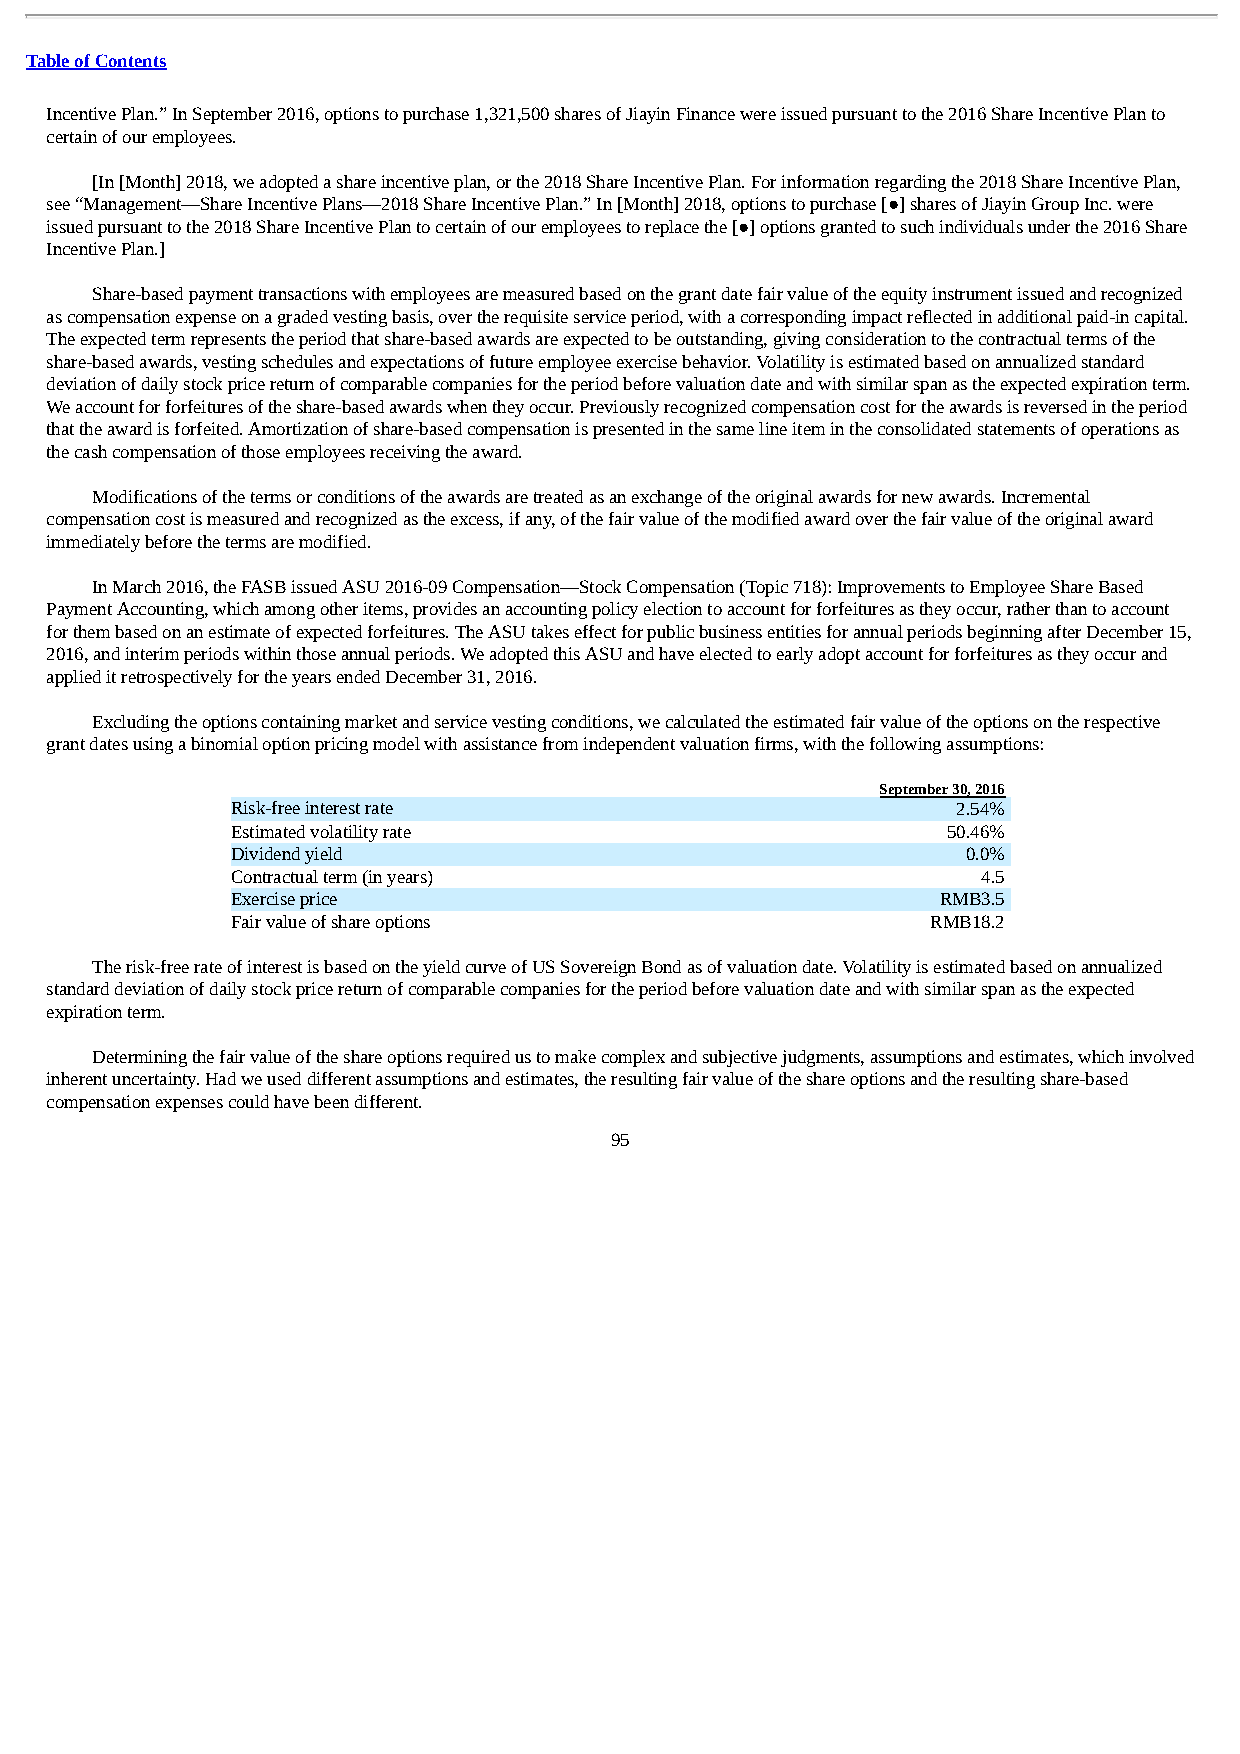
Table of Contents
 Incentive Plan.” In September 2016, options to purchase 1,321,500 shares of Jiayin Finance were issued pursuant to the 2016 Share Incentive Plan to
 certain of our employees.
 [In [Month] 2018, we adopted a share incentive plan, or the 2018 Share Incentive Plan. For information regarding the 2018 Share Incentive Plan,
 see “Management—Share Incentive Plans—2018 Share Incentive Plan.” In [Month] 2018, options to purchase [●] shares of Jiayin Group Inc. were
 issued pursuant to the 2018 Share Incentive Plan to certain of our employees to replace the [●] options granted to such individuals under the 2016 Share
 Incentive Plan.]
 Share-based payment transactions with employees are measured based on the grant date fair value of the equity instrument issued and recognized
 as compensation expense on a graded vesting basis, over the requisite service period, with a corresponding impact reflected in additional paid-in capital.
 The expected term represents the period that share-based awards are expected to be outstanding, giving consideration to the contractual terms of the
 share-based awards, vesting schedules and expectations of future employee exercise behavior. Volatility is estimated based on annualized standard
 deviation of daily stock price return of comparable companies for the period before valuation date and with similar span as the expected expiration term.
 We account for forfeitures of the share-based awards when they occur. Previously recognized compensation cost for the awards is reversed in the period
 that the award is forfeited. Amortization of share-based compensation is presented in the same line item in the consolidated statements of operations as
 the cash compensation of those employees receiving the award.
 Modifications of the terms or conditions of the awards are treated as an exchange of the original awards for new awards. Incremental
 compensation cost is measured and recognized as the excess, if any, of the fair value of the modified award over the fair value of the original award
 immediately before the terms are modified.
 In March 2016, the FASB issued ASU 2016-09 Compensation—Stock Compensation (Topic 718): Improvements to Employee Share Based
 Payment Accounting, which among other items, provides an accounting policy election to account for forfeitures as they occur, rather than to account
 for them based on an estimate of expected forfeitures. The ASU takes effect for public business entities for annual periods beginning after December 15,
 2016, and interim periods within those annual periods. We adopted this ASU and have elected to early adopt account for forfeitures as they occur and
 applied it retrospectively for the years ended December 31, 2016.
 Excluding the options containing market and service vesting conditions, we calculated the estimated fair value of the options on the respective
 grant dates using a binomial option pricing model with assistance from independent valuation firms, with the following assumptions:
 September 30, 2016
 Risk-free interest rate                         2.54%
 Estimated volatility rate                       50.46%
 Dividend yield                                   0.0%
 Contractual term (in years)                       4.5
 Exercise price                                 RMB3.5
 Fair value of share options                    RMB18.2
 The risk-free rate of interest is based on the yield curve of US Sovereign Bond as of valuation date. Volatility is estimated based on annualized
 standard deviation of daily stock price return of comparable companies for the period before valuation date and with similar span as the expected
 expiration term.
 Determining the fair value of the share options required us to make complex and subjective judgments, assumptions and estimates, which involved
 inherent uncertainty. Had we used different assumptions and estimates, the resulting fair value of the share options and the resulting share-based
 compensation expenses could have been different.
 95